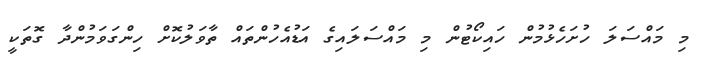
މި މައްސަލަ ހުށަހެޅުމުން ހައިކޯޓުން މި މައްސަލައިގެ އަޑުއެހުންތައް ތާވަލުކޮށް ހިންގަވަމުންދާ ގޮތަކީ